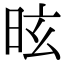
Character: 昡